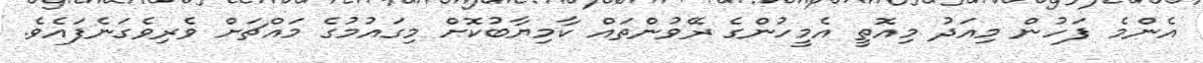
އެންމެ ފަހުން މިއަދު މިއޮތީ އެމީހުންގެ ރޭވުންތައް ކާމިޔާބުކޮށް މިގައުމުގެ މައްޗަށް ވެރިވެގަނެފައެވެ.